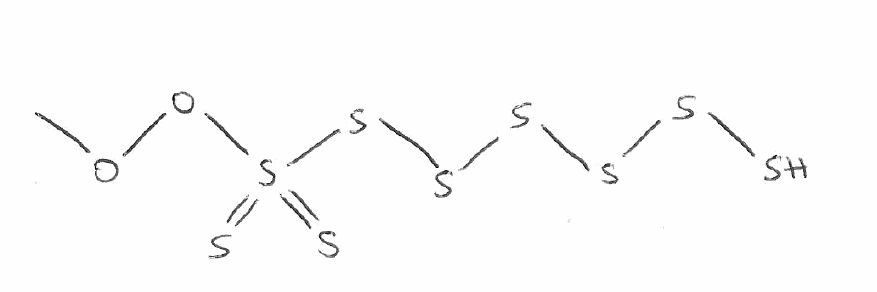
Simplified molecular-input line-entry system (SMILES) notation of the given molecule:
COOS(=S)(=S)SSSSSS